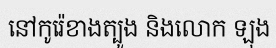
នៅកូរ៉េខាងត្បូង និងលោក ឡុង